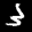
Label: 3